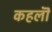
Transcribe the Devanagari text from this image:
कहलॊ